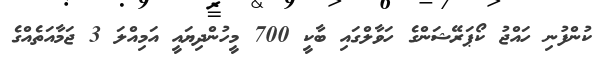
ކުންފުނި ހައްޖު ކޯޕަރޭޝަންގެ ހަވާލްގައި ބާކީ 700 މީހުންދިޔައީ އަމިއްލަ 3 ޖަމާއަތެއްގެ